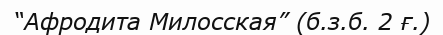
“Афродита Милосская” (б.з.б. 2 ғ.)